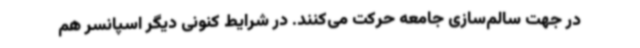
در جهت سالم‌سازی جامعه حرکت می‌کنند. در شرایط کنونی دیگر اسپانسر هم